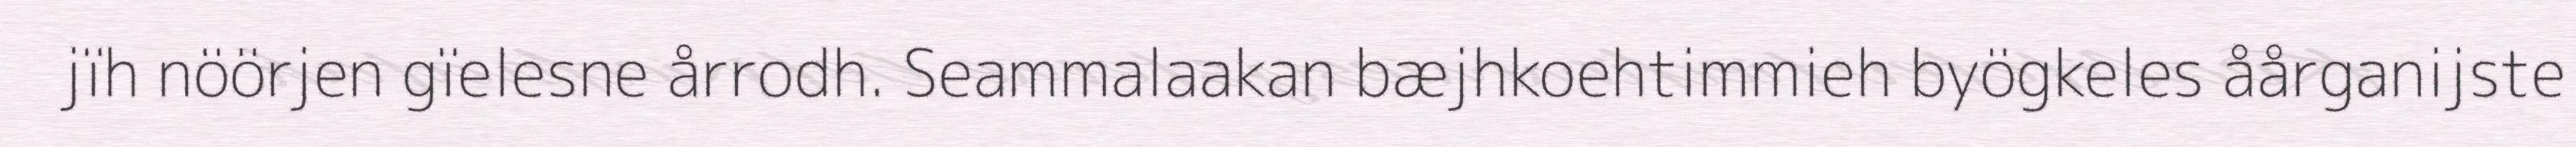
jïh nöörjen gïelesne årrodh. Seammalaakan bæjhkoehtimmieh byögkeles åårganijste